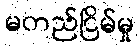
မတည်ငြိမ်မှု